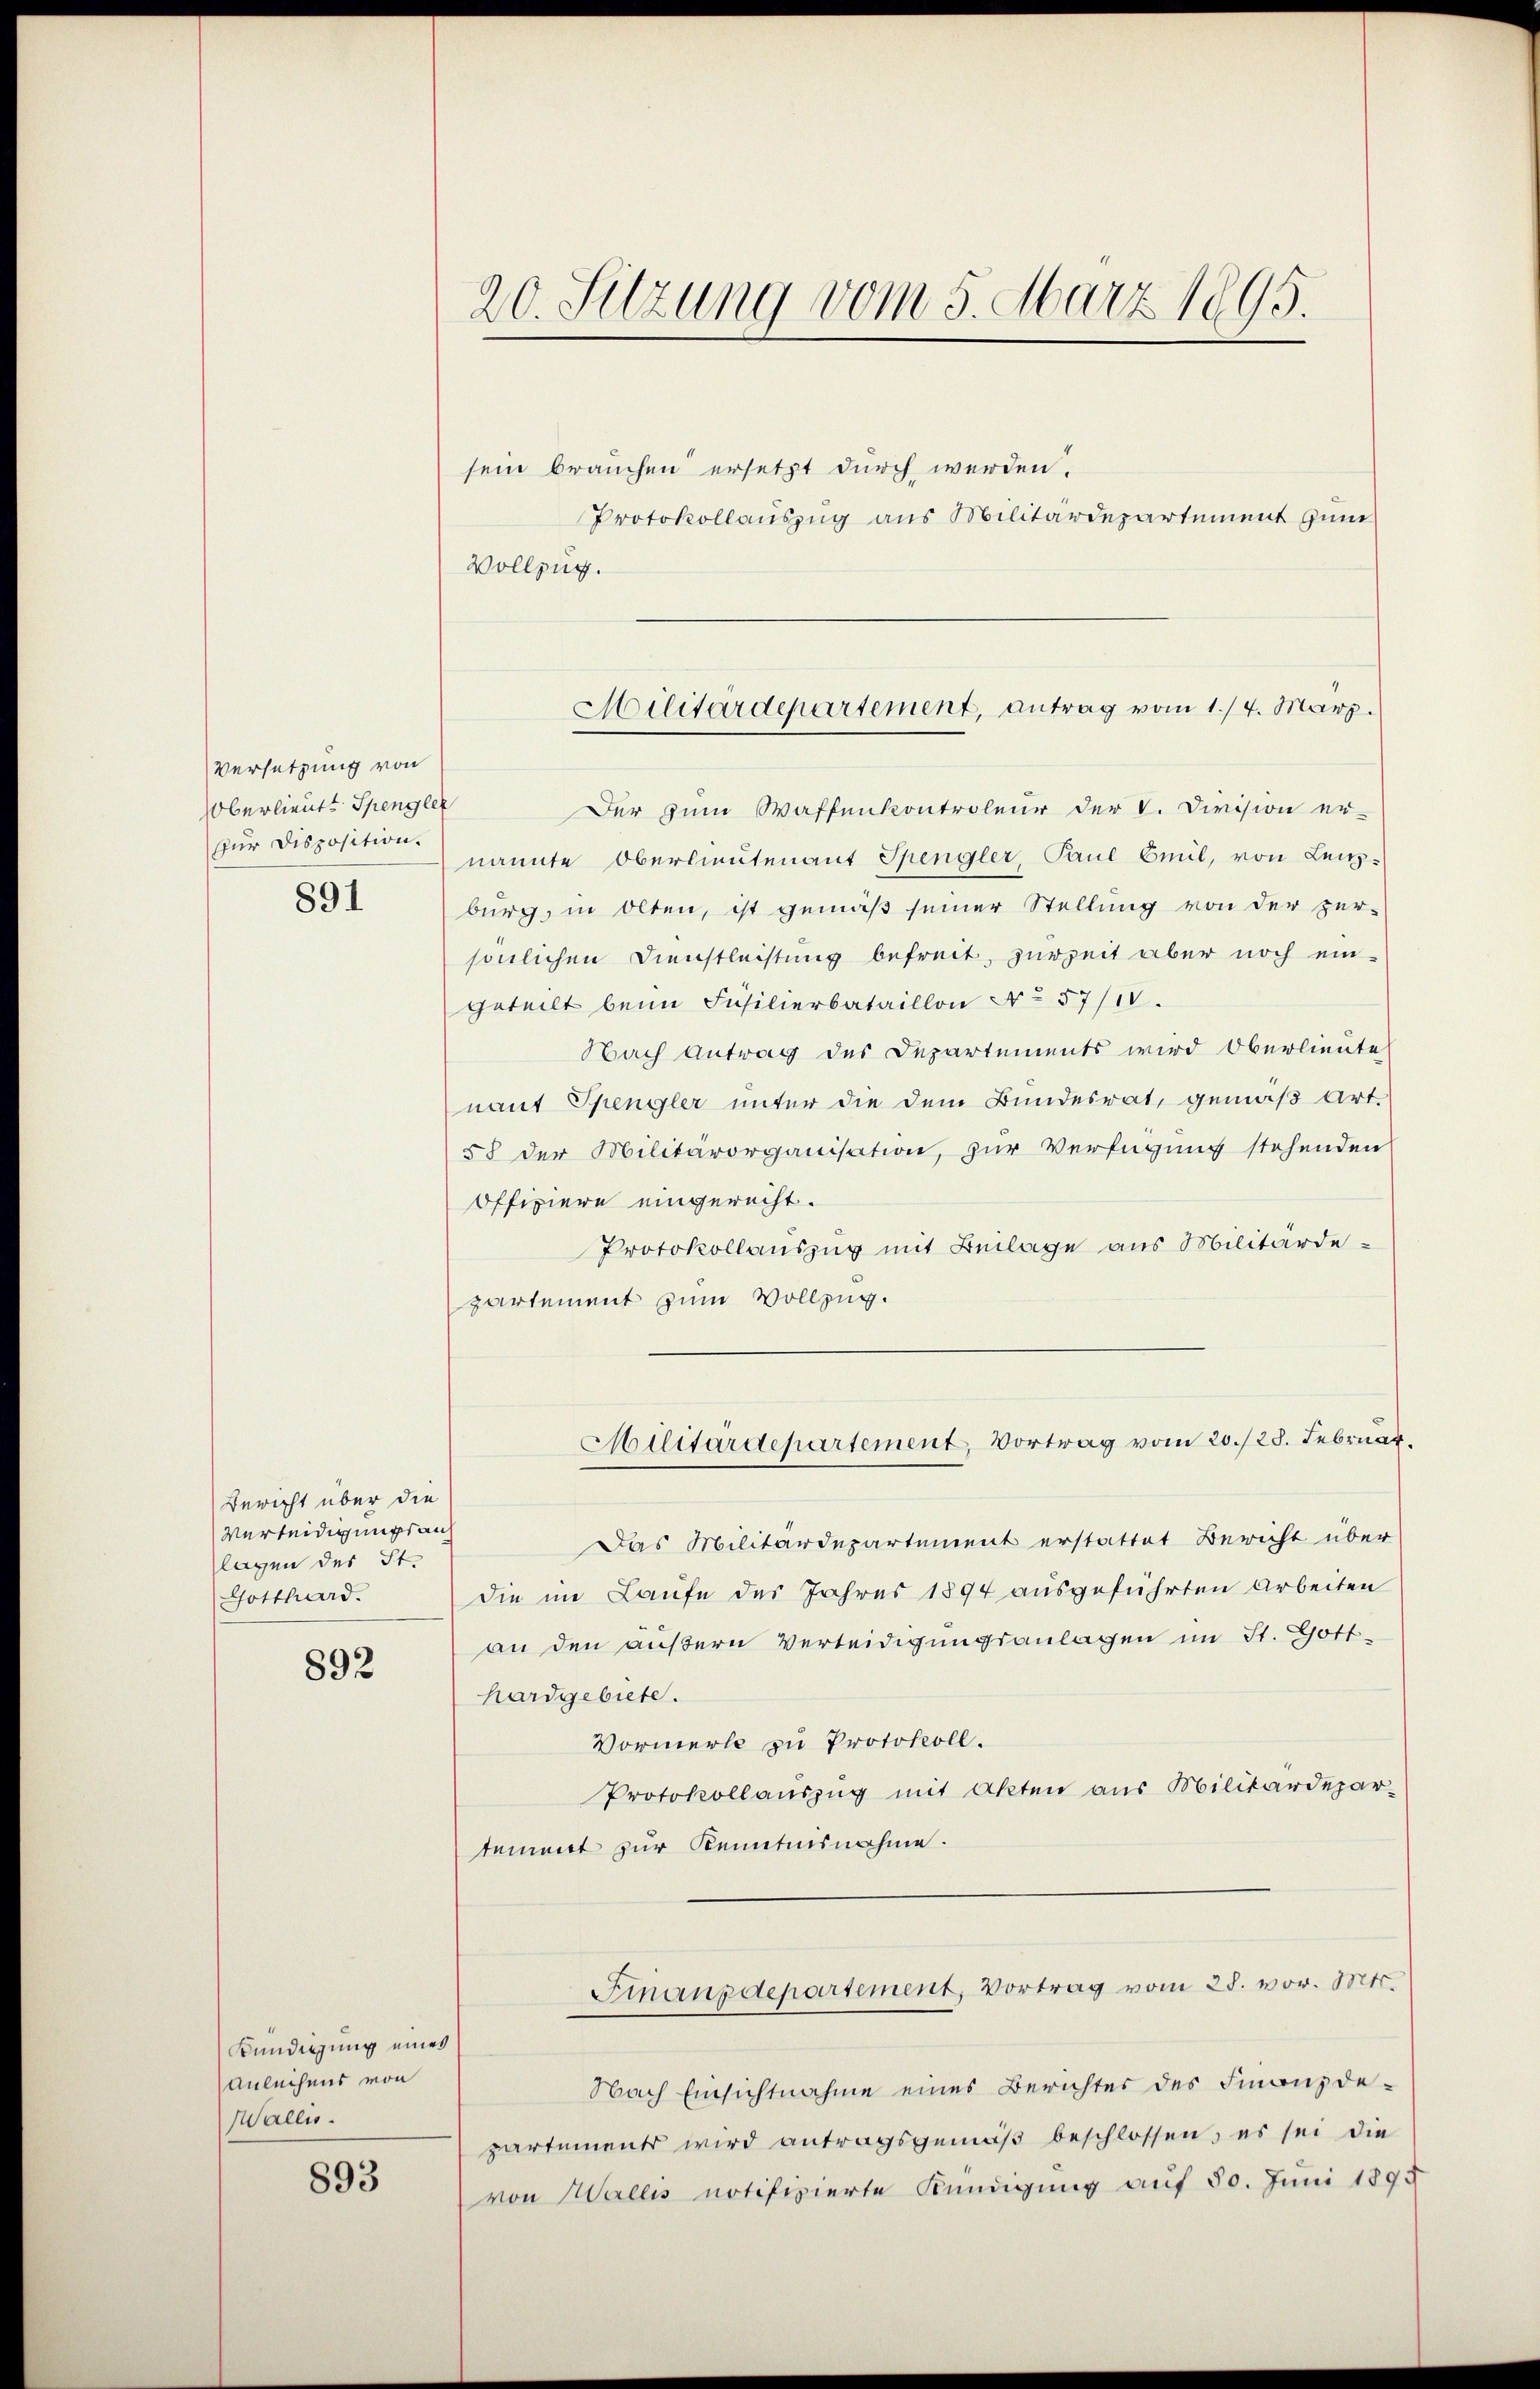
Versetzung von
Oberlieute Spengler
für Disposition.

891

Bericht über die
Verleidigungs auf
lagen des St.
Gotthard.

892

Kündigung eines
Anleihens von
Wallis.

893

20. Sitzung vom 5. März 1895.

Vollzug.

sein brauchen ersetzt durch werden.
Protokollauszug aus Militärdepartement zum
Der zum Waffenkontroleur der V. Division er-
nannte Oberlieutenant Spengler, Paul Cmil, von Leitzburg, in Olten, ist gemäß seiner Stellung von der zer-
sönlichen Dienstleistung befreit, zurzeit aber noch ein-
geteilt beim Füsilierbataillon No 57/18.
Nach Antrag des Departements wird Oberlieute
nant Spengler unter die dem Bundesrat, gemäß Art.
58 der Militärorganisation, zur Verfügung stehenden
Offiziere eingerecht.
Protokollauszug mit Beilage aus Militärdepartement zum Vollzug.
Militärdepartement, Vortrag vom 20./28. Februar.
Das Militärdepartement erstattet Bericht über
die nie Laufe des Jahres 1894 ausgeführten Arbeiten
an den äußern Verteidigungsanlagen im St. Gott-
hardgebiete.
Vormerke zu Protokoll.
Protokollauszug mit Akten aus Militärdepar-
tement zur Kenntnisnahme.
Finanzdepartement, Vortrag vom 28. vor. Mts.
Nach Einsichtnahme eines Berichtes des Finanzde-
partements wird antragsgemäβ beschlossen, es sei die
von Wallis notifizierte Kündigung auf 50. Juni 1893

Militärdepartement, antrag vom 1./4. März.